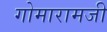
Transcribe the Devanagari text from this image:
गोमारामजी